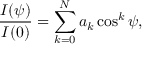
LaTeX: { \frac { I ( \psi ) } { I ( 0 ) } } = \sum _ { k = 0 } ^ { N } a _ { k } \cos ^ { k } \psi ,